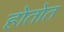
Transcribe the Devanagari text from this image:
होतोत